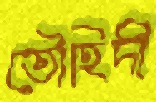
তৌহিদী